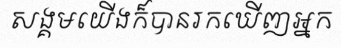
សង្គមយើងក៏បានរកឃើញអ្នក